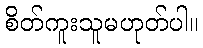
စိတ်ကူးသူမဟုတ်ပါ။